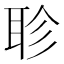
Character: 聄